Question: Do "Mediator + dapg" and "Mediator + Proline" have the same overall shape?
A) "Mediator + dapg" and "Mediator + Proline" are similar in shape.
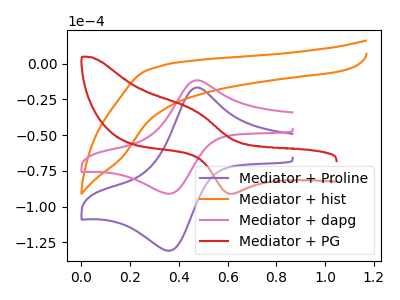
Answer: <think>The purple curve "Mediator + Proline" has an anodic peak at (0.45V, -16.80uA) and a cathodic peak at (0.35V, -131.00uA). The orange curve "Mediator + hist" has no peaks. The pink curve "Mediator + dapg" has an anodic peak at (0.45V, -11.65uA) and a cathodic peak at (0.35V, -91.10uA). The red curve "Mediator + PG" has an anodic peak at (0.45V, -32.35uA) and a cathodic peak at (0.60V, -91.10uA).
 All the peaks in "Mediator + dapg" have a peak in "Mediator + Proline" at the same potential.</think>
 <answer>A) "Mediator + dapg" and "Mediator + Proline" are similar in shape.</answer>
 <eval>A</eval>